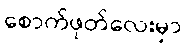
စောက်ဖုတ်လေးမှာ